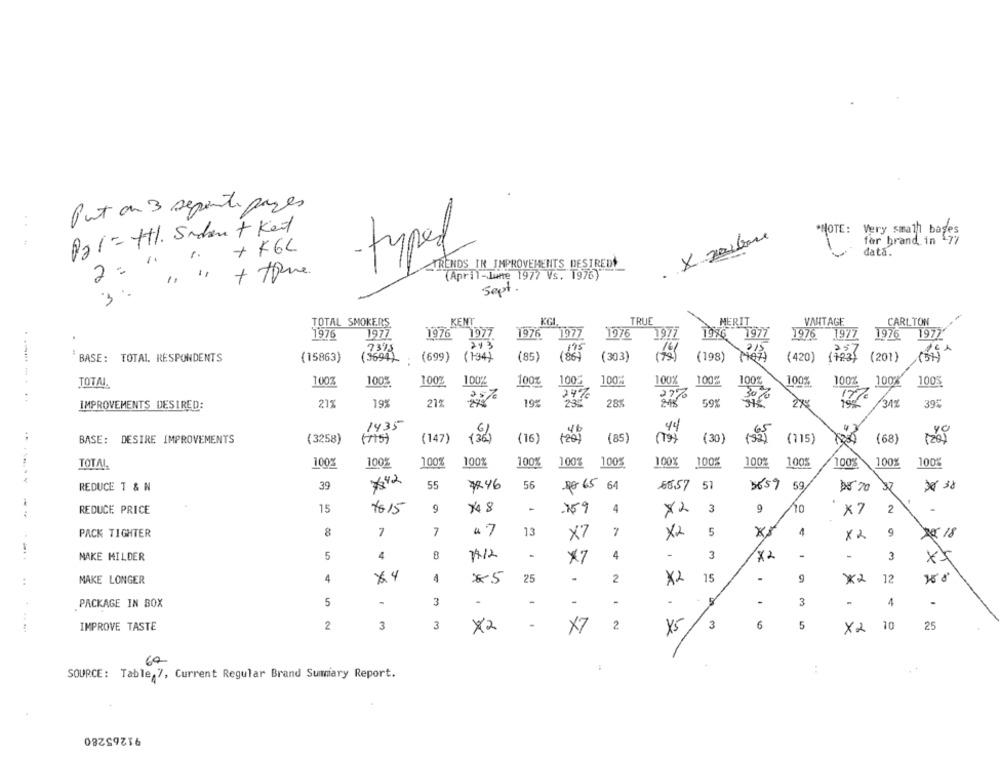
Put au 3 seganti pages
P21 = ttl. Siden + Keit
*NOTE: Very small bases
for brand in 77
1. +K64
data.
-types
TRENDS IN IMPROVEMENTS DESTREDY
2 :
(April-Lume 1977 Vs. 1976)
Sept .
3
TOTAL SMOKERS.
KENT
KG
TRUE
MERIT
VANTAGE
CARLTON
1976
1977
1976
7977
1976
1977
1976
1977
1976
1977
1977'
1977
1976
7315
243
as7
ACA
14
215
BASE: TOTAL. RESPONDENTS
(15863)
(3694).
(699)
(134)
(85)
(86)
(303)
(198)
(420)
(123)
(201}
(SH)
TOTAL.
100%
100%
100%
100%
100%
100%
100%
100%
100%
100
100%
100%
100%
100%
24%
27%
30
25%
19ª
218
59%
0%
IMPROVEMENTS DESIRED:
21%
19%
21%
23%
28%
/312
39€
1435
44
BASE: DESIRE IMPROVEMENTS
(3258)
(115)
(147)
(16)
(85
(30)
(68)
(115)
100%
100%
100%
100%
100
100%
100%
100%
100%
100%
100%
TOTAL
100%
100%
100%
39
7242
55
56
8857 51
3659
59,
REDUCE T & N
#846
9 65 64
DE 70
37
€ 38
15
7815
*48
-
3
9
10
2
--
REDUCE PRICE
9
-159
4
XL
×7
7
5
1
PACK TIGHTER
8
47
13
X7
X2
xx
X2
9
2018
-
MAKE MILDER
5
4
8
11/2
×7
4
3
X2
-
-
3
:
MAKE LONGER
4
x4
4
×5
25
-
2
X2
15
9
X2
12
PACKAGE IN BOX
5
3
-
.
-
-
-
-
-
3
-
... ...
IMPROVE TASTE
2
3
3
X2
X7
2
3
6
5
X2
10
25
X5
SOURCE: Table, 7, Current Regular Brand Summary Report.
91265280